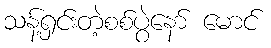
သန့်ရှင်းတဲ့စစ်ပွဲနော် မောင်